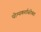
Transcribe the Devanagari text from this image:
योग्यकर्तासोबत